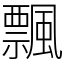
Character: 飄